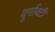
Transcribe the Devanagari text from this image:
दुर्गावटी